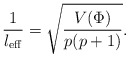
\begin{align*}\frac{1}{l_{\rm eff}}=\sqrt{\frac{V(\Phi)}{p(p+1)}}.\end{align*}